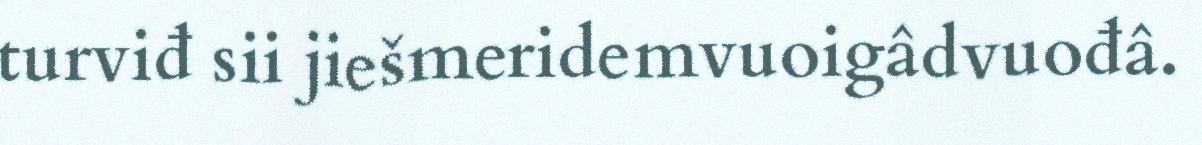
turviđ sii jiešmeridemvuoigâdvuođâ.